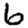
Digit: 6